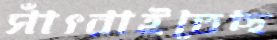
সাঁৎরাইতেছ